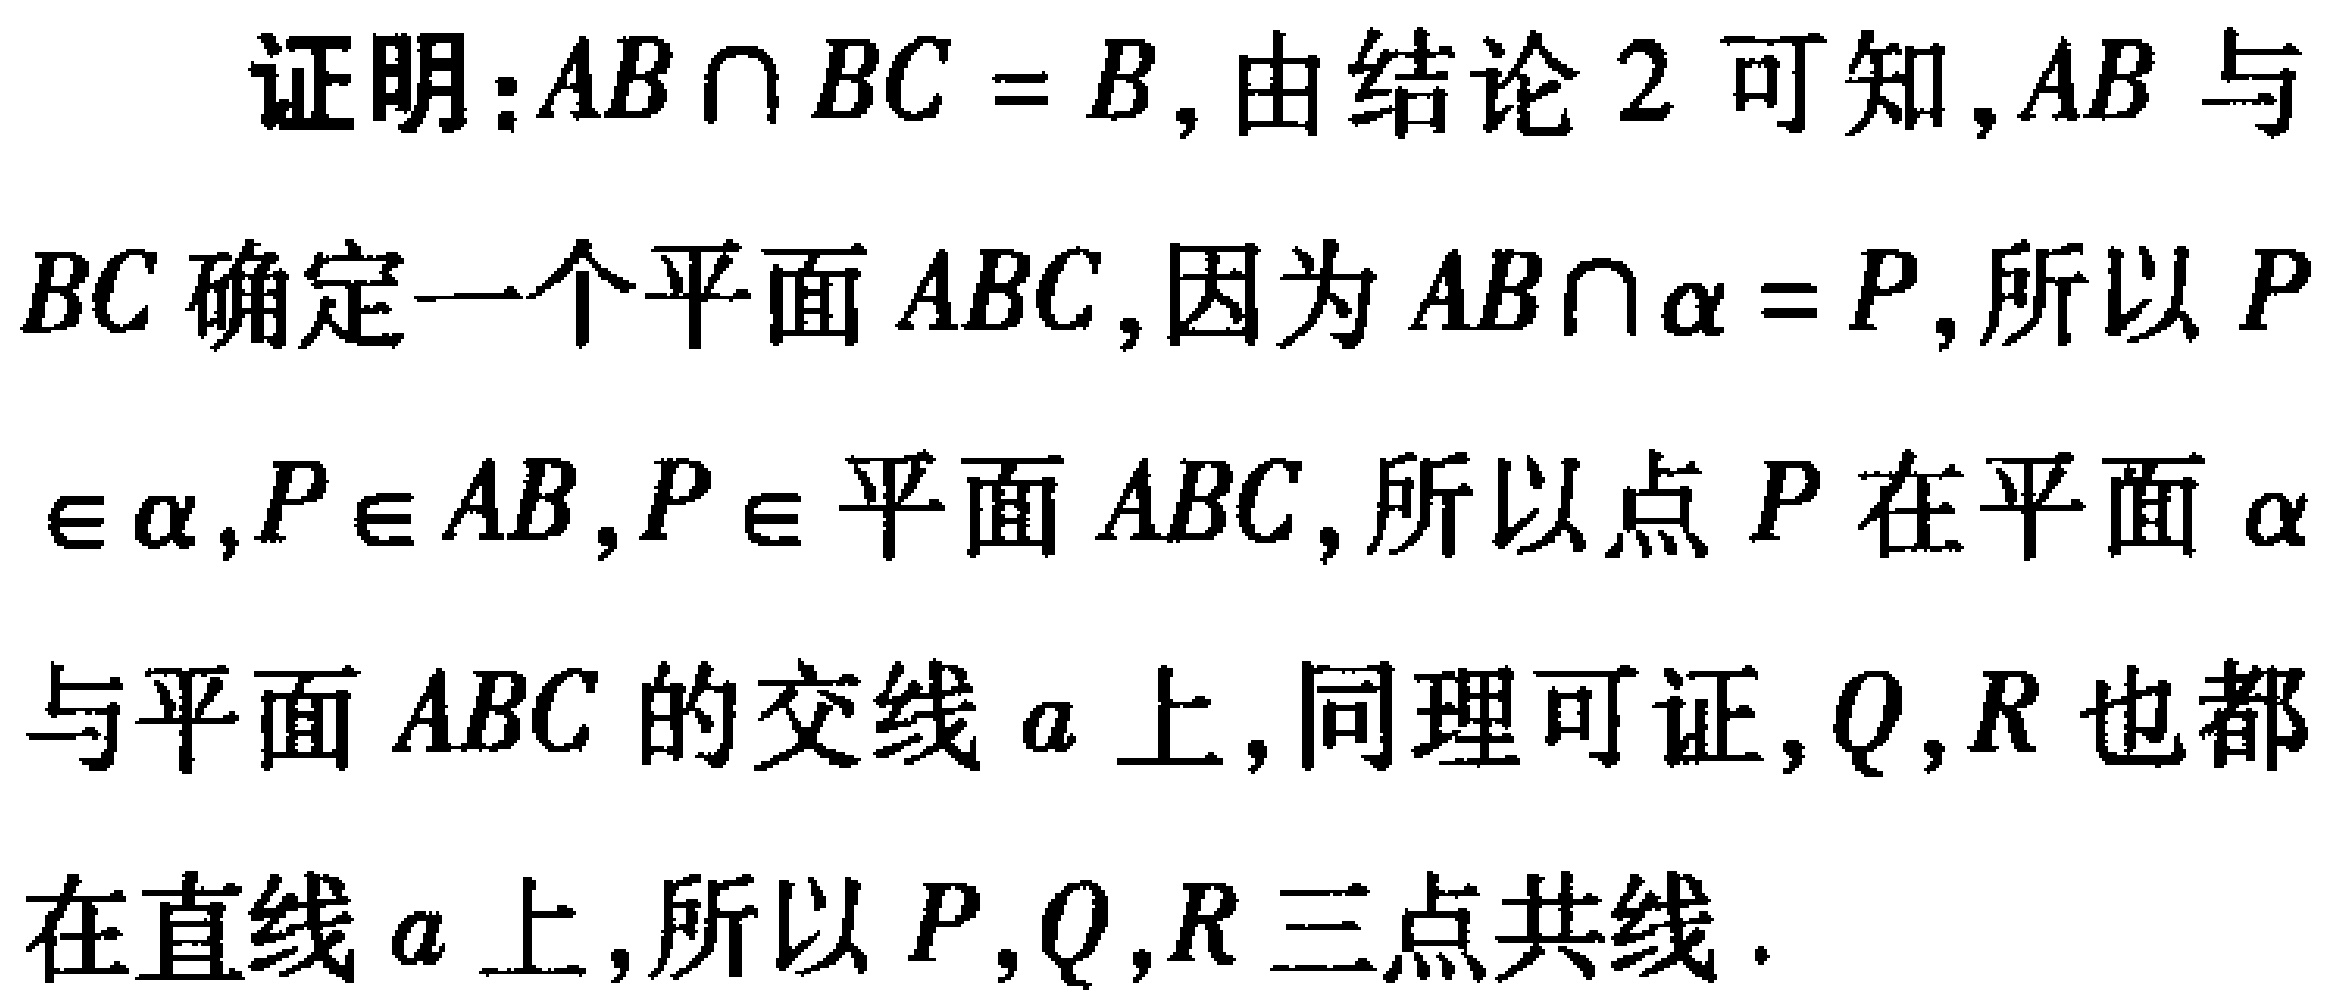
证明：\(AB\cap BC = B\)，由结论2可知，\(AB\)与\(BC\)确定一个平面\(ABC\)，因为\(AB\cap\alpha = P\)，所以\(P\in\alpha\)，\(P\in AB\)，\(P\in\)平面\(ABC\)，所以点\(P\)在平面\(\alpha\)与平面\(ABC\)的交线\(a\)上，同理可证，\(Q\)，\(R\)也都在直线\(a\)上，所以\(P\)，\(Q\)，\(R\)三点共线.